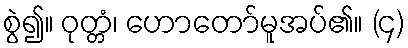
စွဲ၍။ ဝုတ္တံ၊ ဟောတော်မူအပ်၏။ (၄)